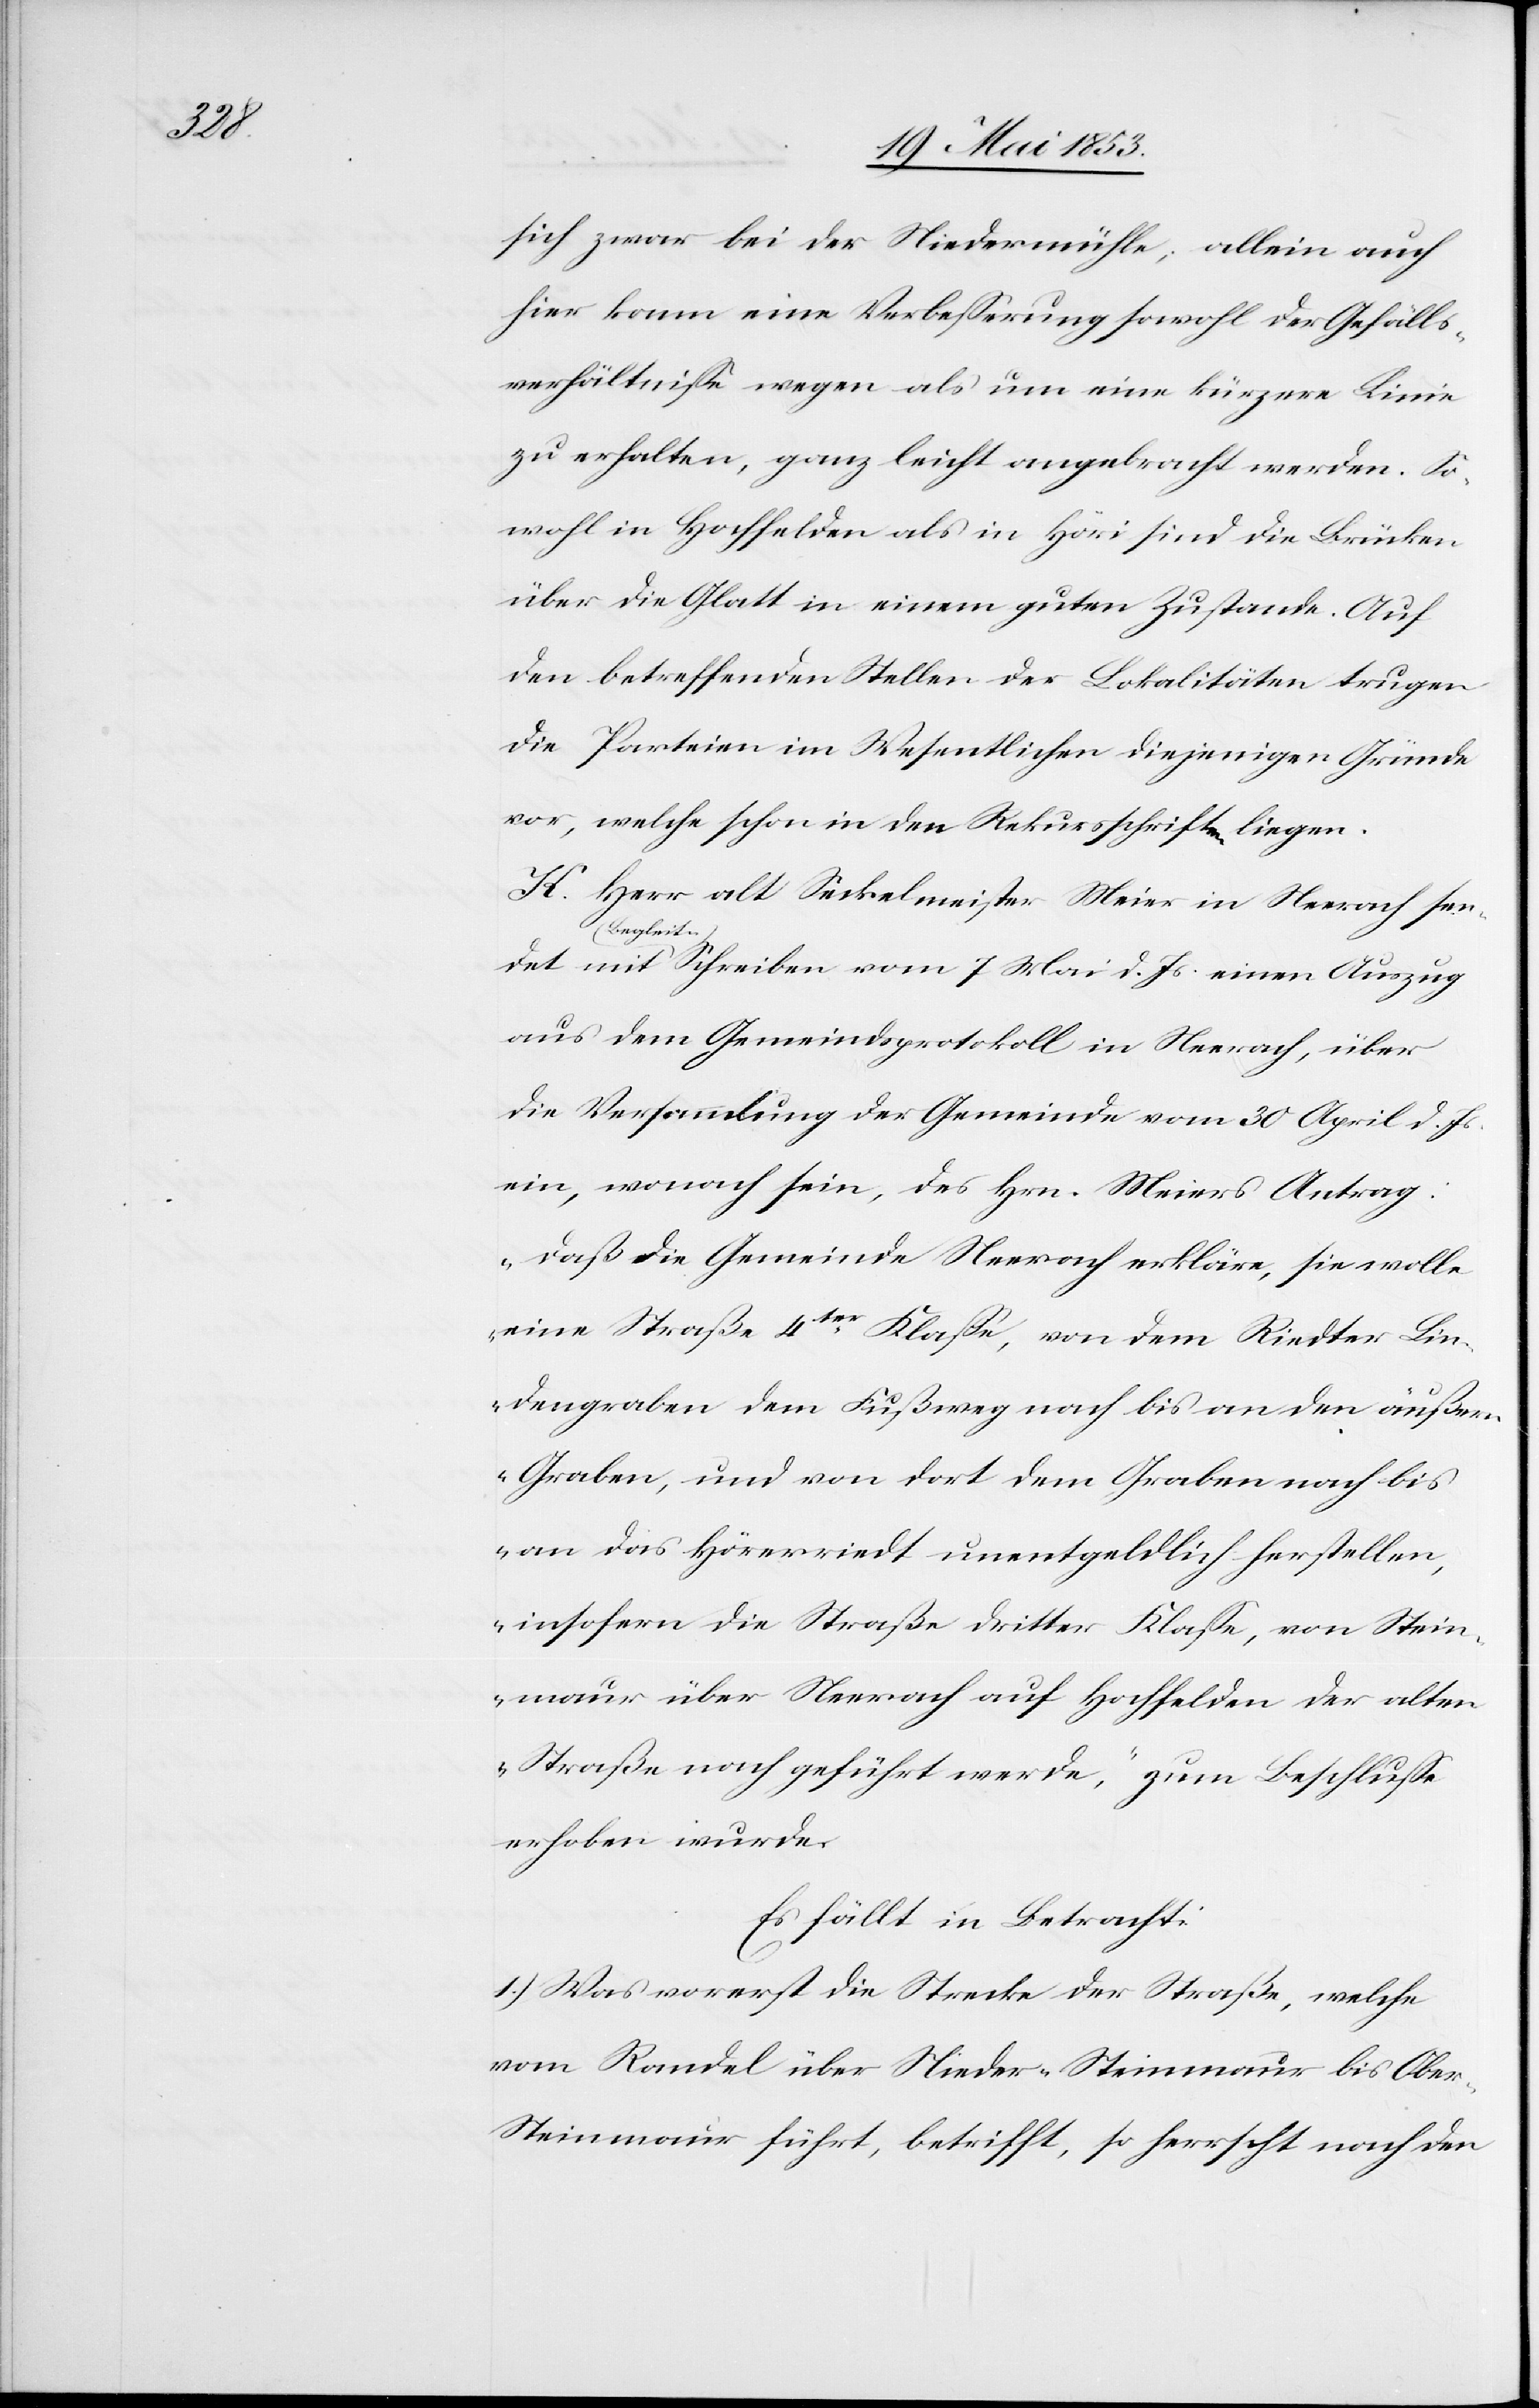
einen

sich zwar bei der Niedermühle, allein auch
hier kann eine Verbeßerung sowohl der Gefälls¬
verhältniße wegen als um eine kürzere Linie
zu erhalten, ganz leicht angebracht werden. So¬
wohl in Hochfelden als in Höri sind die Brücken
über die Glatt in einem guten Zustande. Auf
den betreffenden Stellen der Lokalitäten trugen
die Parteien im Wesentlichen diejenigen Gründe
vor, welche schon in den Rekursschriften liegen.
H. Herr alt Seckelmeister Meier in Neerach sen¬
Begleits¬
aus dem Gemeindsprotokoll in Neerach, über
die Versammlung der Gemeinde vom 30 April d. Js.
ein, wonach sein, des Hrn. Meiers Antrag:
„daß die Gemeinde Neerach erkläre, sie wolle
eine Straße 4ter. Klaße, von dem Riedter Lin¬
dengraben dem Fußweg nach bis an den äußern
Graben, und von dort dem Graben nach bis
an das Hörerriedt unentgeldlich herstellen,
insofern die Straße dritter Klaße, von Stein¬
maur über Neerach auf Hochfelden der alten
Straße nach geführt werde“, zum Beschluße
erhoben wurde.
Es fällt in Betracht:
1.) Was vorerst die Strecke der Straße, welche
vom Randel über Nieder-Steinmaur bis Obe¬
r-Steinmaur führt, betrifft, so herrscht nach der